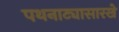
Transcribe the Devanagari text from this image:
पथनाट्यासारखे